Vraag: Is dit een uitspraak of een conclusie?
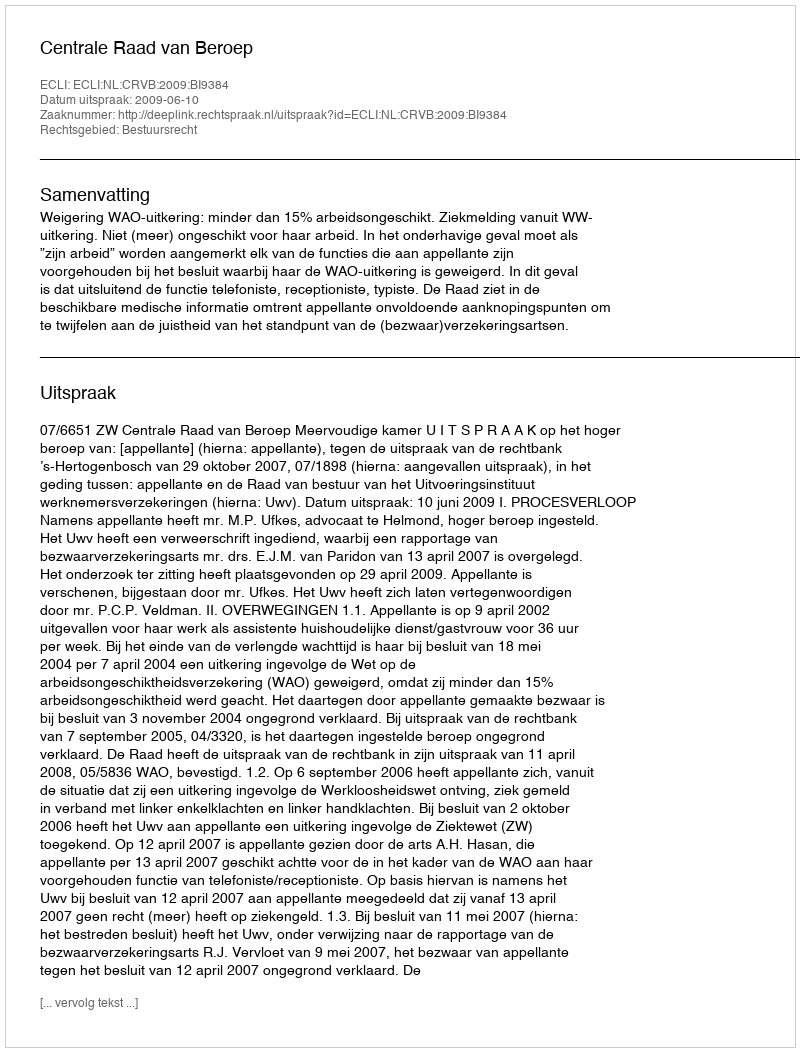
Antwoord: Uitspraak